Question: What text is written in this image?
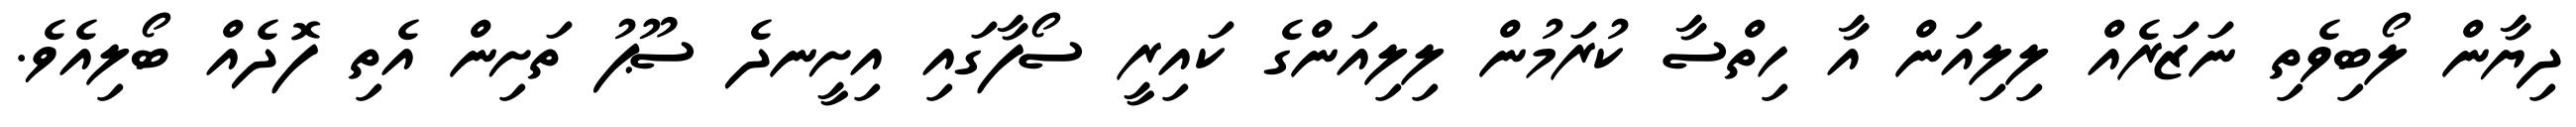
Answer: ދިޔާން ލޯބިވެތި ނަޒަރެއް ލިލިއަން އާ ހިތްސާ ކުރަމުން ލިލިއަންގެ ކައިރީ ސޯފާގައި އިށީނދެ ސޫޕު ތަށިން އެތި ފޮދެއް ބޯލިއެވެ.